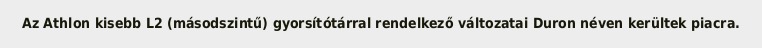
Az Athlon kisebb L2 (másodszintű) gyorsítótárral rendelkező változatai Duron néven kerültek piacra.